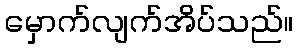
မှောက်လျက်အိပ်သည်။